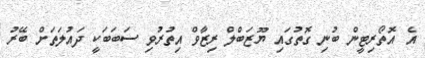
އެ އޮތޯރިޓީން ބުނި ގޮތުގައި ޔޫޒަބްލް ރިޒާވް އިތުރުވި ސަބަބަކީ ދައުލަތަށް ބޭރު